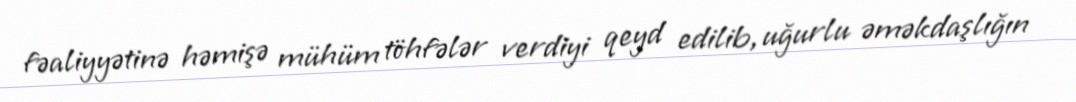
fəaliyyətinə həmişə mühüm töhfələr verdiyi qeyd edilib, uğurlu əməkdaşlığın